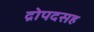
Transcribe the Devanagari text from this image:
द्रोपदसह